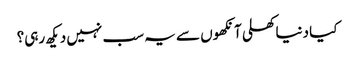
کیا دنیاکھلی آنکھوں سے یہ سب نہیں دیکھ رہی؟